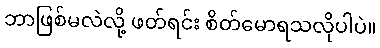
ဘာဖြစ်မလဲလို့ ဖတ်ရင်း စိတ်မောရသလိုပါပဲ။